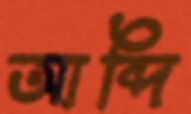
আব্দি